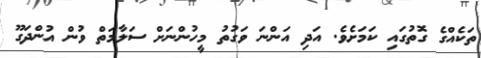
ތަކެއްގެ ގޮތުގައި ކަމަށެވެ. އަދި އަންނަ ވަގުތު މީހުންނަށް ސަލާމަތް ވުން އުންދަގޫ